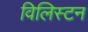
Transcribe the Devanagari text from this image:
विलिस्टन